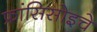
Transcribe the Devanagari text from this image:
फ्रांसिसोइचे